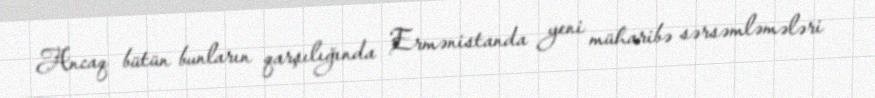
Ancaq bütün bunların qarşılığında Ermənistanda yeni müharibə sərsəmləmələri